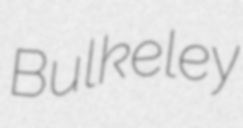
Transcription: Bulkeley